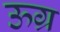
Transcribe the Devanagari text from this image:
ऊग्र